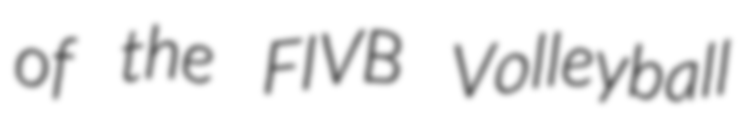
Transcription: of the FIVB Volleyball